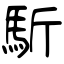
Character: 馸